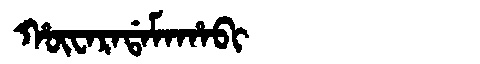
Manchu: ᡥᡡᠸᠠᡵᠠᡩᠠᠮᠠᡥᠠᠪᡳ
Romanization: HŪWARADAMAHABI